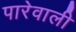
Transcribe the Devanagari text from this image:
पारेवाली